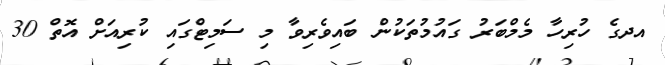
އދގެ ހުރިހާ މެމްބަރު ގައުމުތަކުން ބައިވެރިވާ މި ސަމިޓްގައި ކުރިއަށް އޮތް 30